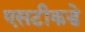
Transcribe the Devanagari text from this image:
एसटीकडे